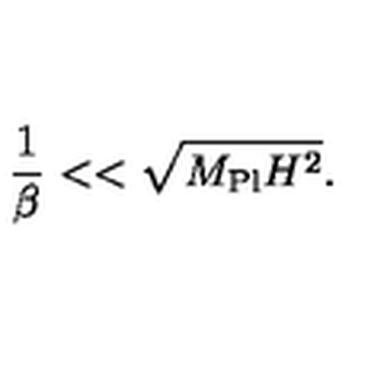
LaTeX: { \frac { 1 } { \beta } } < < \sqrt { M _ { \mathrm { P l } } H ^ { 2 } } .